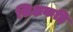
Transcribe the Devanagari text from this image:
शिक्षकहि